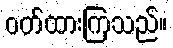
ဝတ်ထားကြသည်။